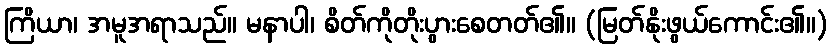
ကြိယာ၊ အမူအရာသည်။ မနာပါ၊ စိတ်ကိုတိုးပွားစေတတ်၏။ (မြတ်နိုးဖွယ်ကောင်း၏။)